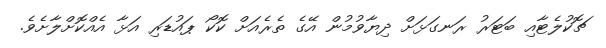
ޗޮކުލެޓާއި ބަޓަރު ރަނގަޅަށް ދިޔާވުމުން އޭގެ ތެރެއަށް ކޮކޯ ޕައުޑަރި އަޅާ އެއްކޮށްލާށެވެ.